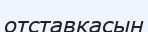
отставкасын